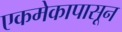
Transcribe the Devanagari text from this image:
एकमेकापासून